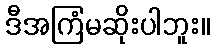
ဒီအကြံမဆိုးပါဘူး။